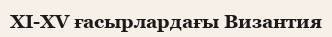
XI-XV ғасырлардағы Византия